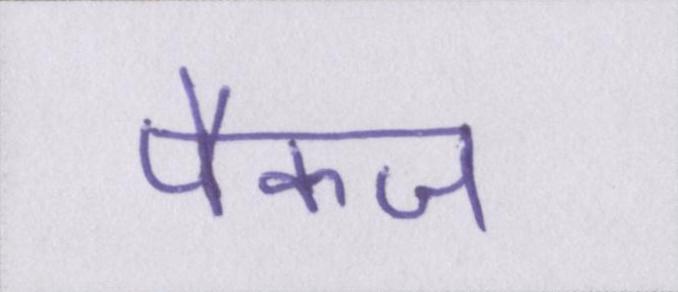
पैकज